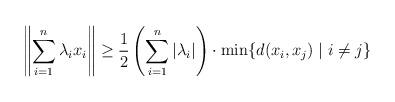
LaTeX: \begin{align*}\left\|\sum_{i=1}^n \lambda_i x_i \right\| \ge \frac{1}{2} \left(\sum_{i=1}^n |\lambda_i|\right) \cdot \min \{d(x_i, x_j) \mid i \neq j\}\end{align*}